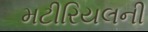
મટીરિયલની